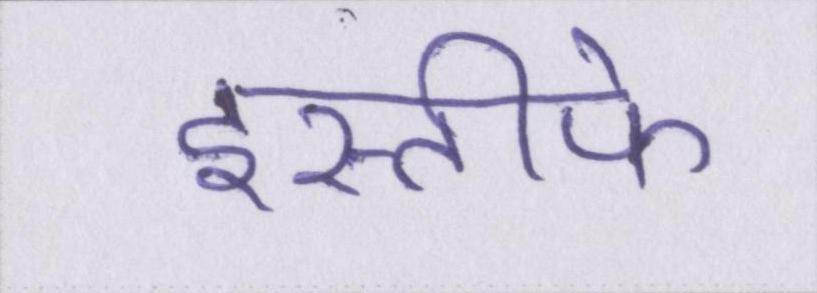
इस्तीफे